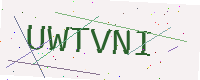
Text: UWTVNI